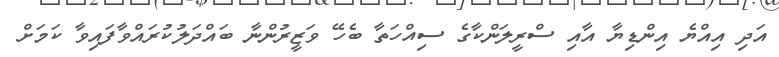
އަދި އިއްޔެ އިންޑިޔާ އާއި ސްރީލަންކާގެ ސިއްހަތާ ބެހޭ ވަޒީރުންނާ ބައްދަލުކުރައްވާފައިވާ ކަމަށް